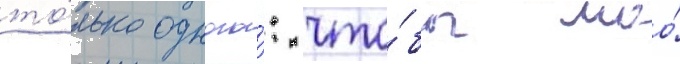
то́лько одного́: что́бы моо́